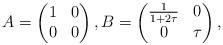
LaTeX: \begin{align*}A=\begin{pmatrix}1 & 0 \\0 & 0\end{pmatrix}, B=\begin{pmatrix}\frac{1}{1+2\tau} & 0 \\0 & \tau\end{pmatrix},\end{align*}